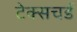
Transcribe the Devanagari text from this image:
टेक्सचर्ड